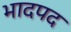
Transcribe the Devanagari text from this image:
भादपद